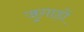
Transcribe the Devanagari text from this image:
जुगाड़ों